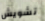
تشويش